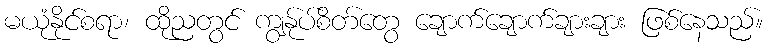
မယုံနိုင်စရာ၊ ထိုညတွင် ကျွန်ုပ်စိတ်တွေ ချောက်ချောက်ချားချား ဖြစ်နေသည်။